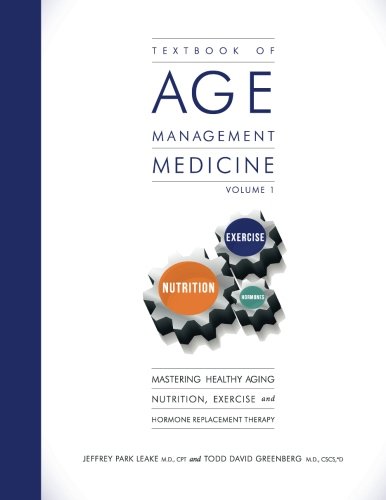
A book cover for Textbook of Age Management Medicine Volume 1: Mastering Healthy Aging Nutrition, Exercise and Hormone Replacement Therapy; Jeffrey Park Leake M.D.; Medical Books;